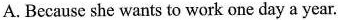
A. Because she wants to work one day a year.